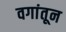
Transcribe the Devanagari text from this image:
वगांतून